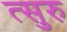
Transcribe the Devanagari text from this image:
त्सुरु